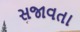
સજાવતા